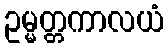
ဥမ္မတ္တကာလယံ